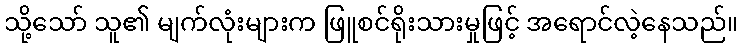
သို့သော် သူ၏ မျက်လုံးများက ဖြူစင်ရိုးသားမှုဖြင့် အရောင်လဲ့နေသည်။